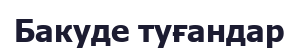
Бакуде туғандар